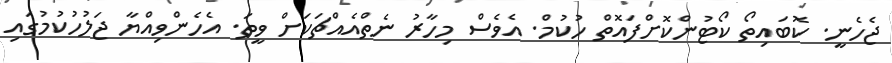
ޖެހެނީ. ކޮބައިތޯ ކޯޓުންކޮށްފައޮތް ހުކުމް. އެވެސް މިހާރު ނެތްއެއްޗަކަށް ވީތަ. އެހެންވިއްޔާ ޖަލުހުކުމުގައި